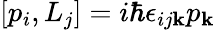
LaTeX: \left[p_{i},L_{j}\right]=i\hbar\epsilon_{ij\mathbf{k}}p_{\mathbf{k}}